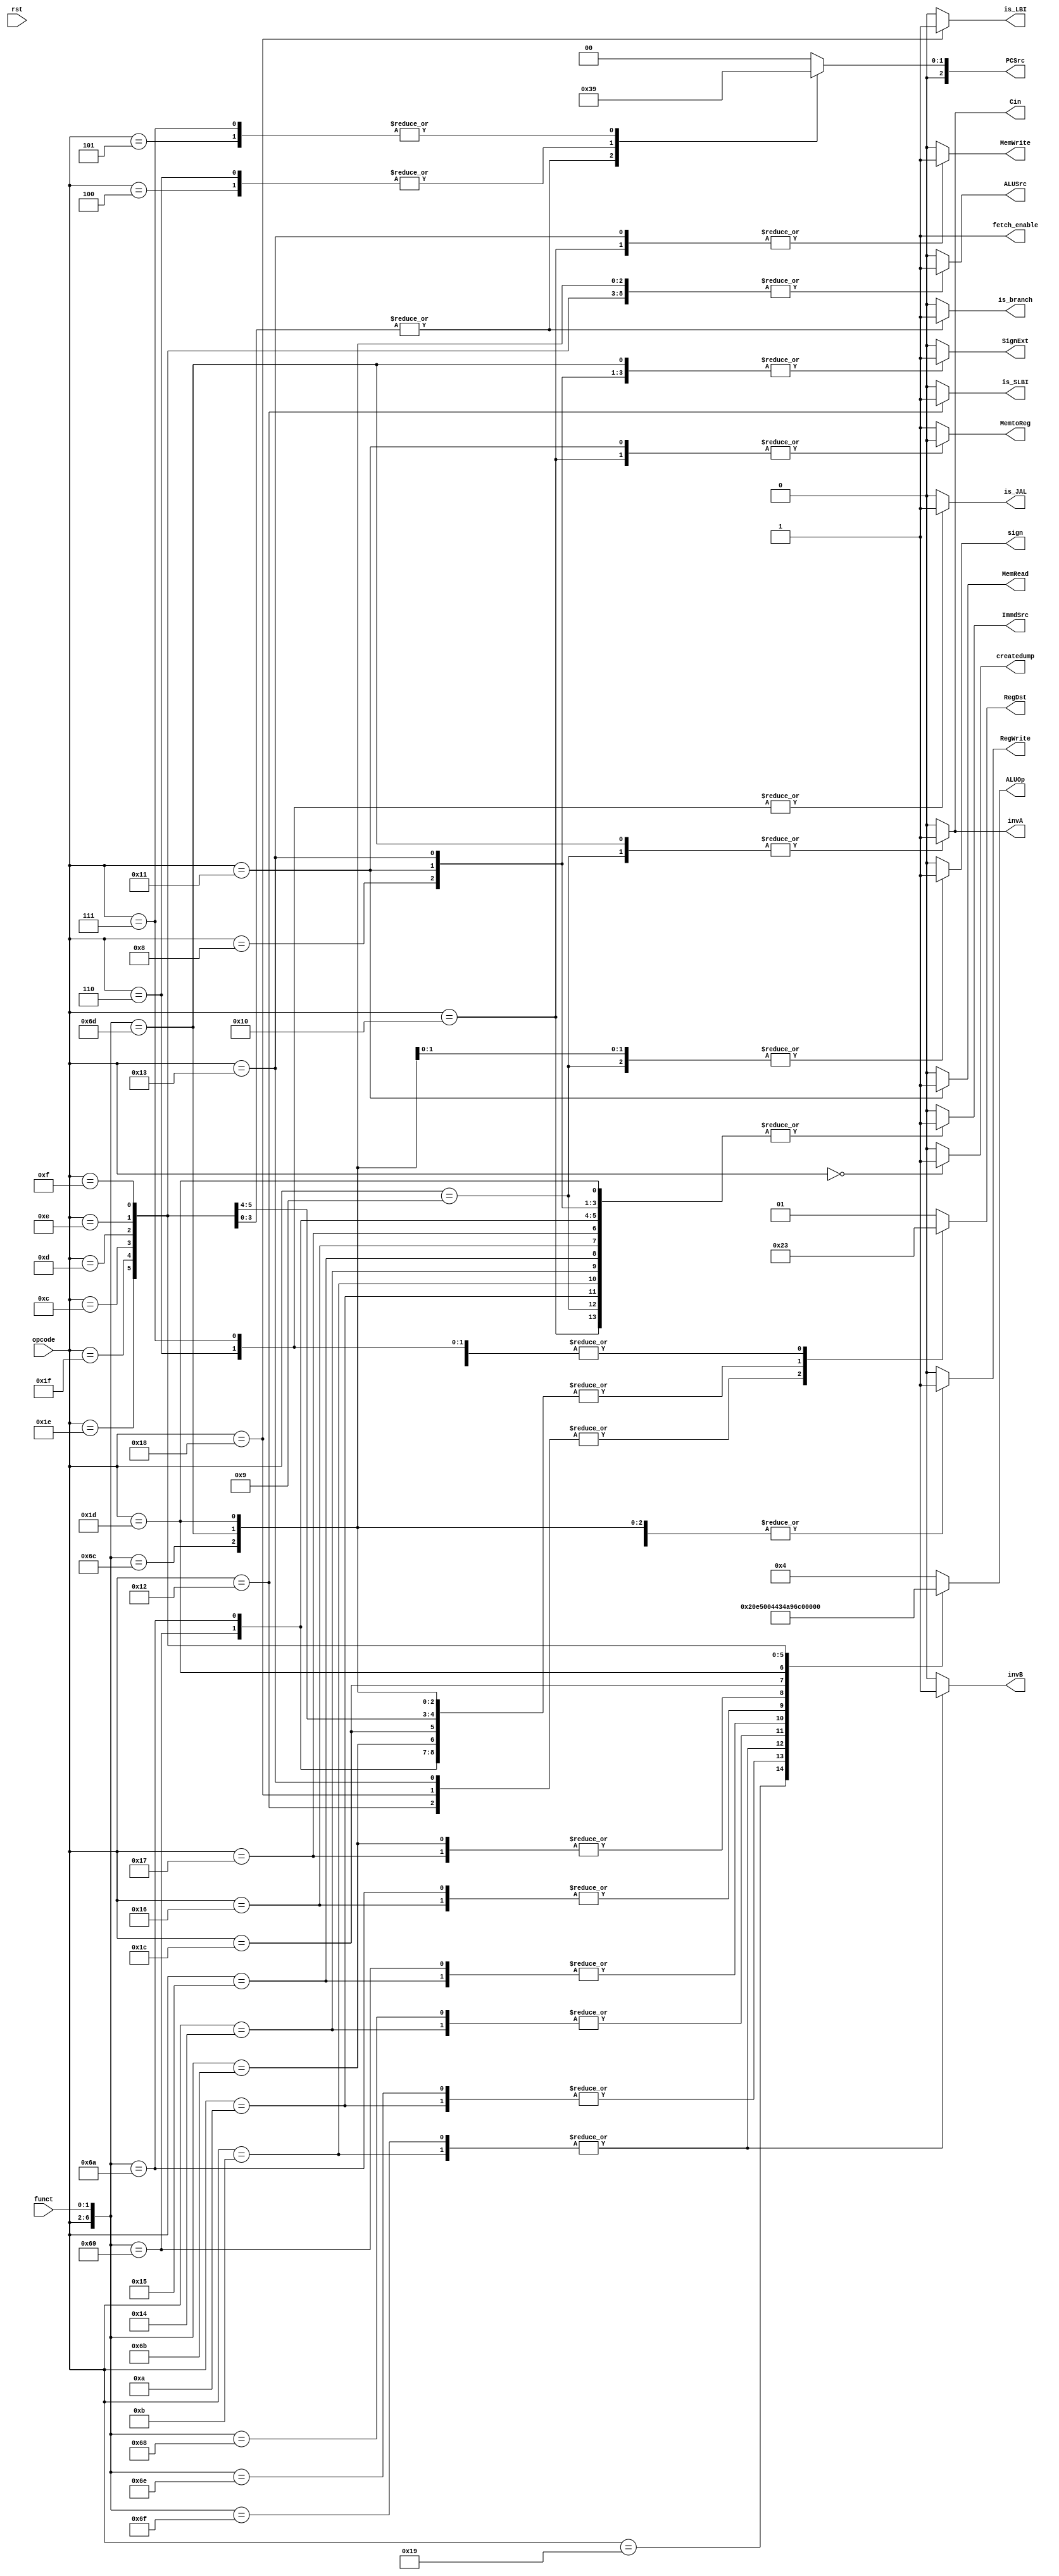
module control_unit(opcode, funct, rst, RegWrite, SignExt, ImmdSrc, ALUSrc, is_SLBI, MemRead, MemWrite, MemtoReg, sign, 
invA, invB, Cin, is_LBI, is_JAL, PCSrc, RegDst, ALUOp, fetch_enable, createdump, is_branch);

input [4:0] opcode;
input [1:0] funct;
input rst;

// All control unit signals
output RegWrite, SignExt, ImmdSrc, ALUSrc, is_SLBI, MemRead, MemWrite, MemtoReg, sign, invA, invB, Cin, is_LBI, is_JAL, fetch_enable, 
createdump, is_branch;
output [4:0] ALUOp;
output [1:0] RegDst;
output [2:0] PCSrc;

// Need reg for case statement
reg RegWrite_temp, SignExt_temp, ImmdSrc_temp, ALUSrc_temp, is_SLBI_temp, MemRead_temp, MemWrite_temp, MemtoReg_temp, sign_temp, invA_temp, 
invB_temp, Cin_temp, is_LBI_temp, is_JAL_temp, fetch_enable_temp, createdump_temp, is_branch_temp;
reg [4:0] ALUOp_temp;
reg [1:0] PCSrc_temp, RegDst_temp;

//////////////////////////////////////////////////////////////////////////// ALU_OP instructions //////////////////////////////////////////////////////////////////////////////////////

parameter rot_lft = 4'b0000;
parameter shift_lft_log = 4'b0001;
parameter rot_rght = 4'b0010;
parameter shift_rght_log = 4'b0011;
parameter add = 4'b0100;
parameter And = 4'b0101;
parameter Or = 4'b0110;
parameter Xor = 4'b0111;
parameter bit_rev = 4'b1000;
parameter seq = 4'b1001;
parameter slt = 4'b1010;
parameter sle = 4'b1011; 
parameter sco = 4'b1100;
parameter beqz = 4'b1101;
parameter bnez = 4'b1110;
parameter bltz = 4'b1111;
parameter bgez = 5'b10000;

//////////////////////////////////////////////////////////////////////////// Name instructions //////////////////////////////////////////////////////////////////////////
parameter HALT = 7'b00000_xx;
parameter NOP = 7'b00001_xx;

// I1-format
parameter ADDI = 7'b01000_xx;
parameter SUBI = 7'b01001_xx;
parameter XORI = 7'b01010_xx;
parameter ANDNI = 7'b01011_xx;
parameter ROLI = 7'b10100_xx;
parameter SLLI = 7'b10101_xx;
parameter RORI = 7'b10110_xx;
parameter SRLI = 7'b10111_xx;
parameter ST = 7'b10000_xx;
parameter LD = 7'b10001_xx;
parameter STU = 7'b10011_xx;

// R-format
parameter BTR = 7'b11001_xx;
parameter ADD = 7'b11011_00;
parameter SUB = 7'b11011_01;
parameter XOR = 7'b11011_10;
parameter ANDN = 7'b11011_11;
parameter ROL = 7'b11010_00;
parameter SLL = 7'b11010_01;
parameter ROR = 7'b11010_10;
parameter SRL = 7'b11010_11;
parameter SEQ = 7'b11100_xx;
parameter SLT = 7'b11101_xx;
parameter SLE = 7'b11110_xx;
parameter SCO = 7'b11111_xx;

// I2-format
parameter BEQZ = 7'b01100_xx;
parameter BNEZ = 7'b01101_xx;
parameter BLTZ = 7'b01110_xx;
parameter BGEZ = 7'b01111_xx;
parameter LBI = 7'b11000_xx;
parameter SLBI = 7'b10010_xx;
parameter JALR = 7'b00111_xx;
parameter JR = 7'b00101_xx;

// J-format
parameter J = 7'b00100_xx;
parameter JAL = 7'b00110_xx;


//////////////////////////////////////////////////////////////////////////// Control Unit //////////////////////////////////////////////////////////////////////////

always@(*) begin

// Initialize all signals

fetch_enable_temp = 1'b1;
createdump_temp = 1'b0;
RegDst_temp = 2'b01;
RegWrite_temp = 1'b1;
SignExt_temp = 1'b0;
ImmdSrc_temp = 1'b0;
ALUSrc_temp = 1'b0;
is_SLBI_temp = 1'b0;
ALUOp_temp = add;
MemRead_temp = 1'b0;
MemWrite_temp = 1'b0;
MemtoReg_temp = 1'b1;
sign_temp = 1'b0;
invA_temp = 1'b0;
invB_temp = 1'b0;
Cin_temp = 1'b0;
is_LBI_temp = 1'b0;
is_JAL_temp = 1'b0;
PCSrc_temp = 2'b00;
is_branch_temp = 1'b0;



casex({opcode, funct}) 

	
// 1. HALT 
HALT: begin

	// dump memory state to file
	// processor just stops
	// Set PC to what
	// only be true is !rst
	createdump_temp = 1'b1; // halt signal
	RegWrite_temp = 1'b0;

end


//////////////////////////////////////////////////////////////////////////////// I1-Format ////////////////////////////////////////////////////////////////////

// 3. ADDI 
ADDI: begin

	SignExt_temp = 1'b1;
	ImmdSrc_temp = 1'b1;

end


// 4. SUBI 
SUBI: begin

	RegDst_temp = 2'b01;
	RegWrite_temp = 1'b1;
	SignExt_temp = 1'b1;
	ImmdSrc_temp = 1'b1;
	ALUSrc_temp = 1'b0;
	is_SLBI_temp = 1'b0;
	ALUOp_temp = add;
	MemRead_temp = 1'b0;
	MemWrite_temp = 1'b0;
	MemtoReg_temp = 1'b1;
	sign_temp = 1'b1;
	invA_temp = 1'b1;
	invB_temp = 1'b0;
	Cin_temp = 1'b1;
	is_LBI_temp = 1'b0;
	is_JAL_temp = 1'b0;
	PCSrc_temp = 2'b00;
	
end


// 5. XORI 
XORI: begin 

	ImmdSrc_temp = 1'b1;
	ALUOp_temp = Xor;

end


// 6. ANDNI 
ANDNI: begin 

	ImmdSrc_temp = 1'b1;
	invB_temp = 1'b1;
	ALUOp_temp = And;

end

// 7. ROLI 
ROLI: begin 

	ImmdSrc_temp = 1'b1;
	ALUOp_temp = 3'b000;

end

// 8. SLLI 
SLLI: begin

	RegDst_temp = 2'b01;
	RegWrite_temp = 1'b1;
	SignExt_temp = 1'b0;
	ImmdSrc_temp = 1'b1;
	ALUSrc_temp = 1'b0;
	is_SLBI_temp = 1'b0;
	ALUOp_temp = shift_lft_log;
	MemRead_temp = 1'b0;
	MemWrite_temp = 1'b0;
	MemtoReg_temp = 1'b1;
	sign_temp = 1'b0;
	invA_temp = 1'b0;
	invB_temp = 1'b0;
	Cin_temp = 1'b0;
	is_LBI_temp = 1'b0;
	is_JAL_temp = 1'b0;
	PCSrc_temp = 2'b00;

end

// 9. RORI 
RORI: begin

	RegDst_temp = 2'b01;
	RegWrite_temp = 1'b1;
	SignExt_temp = 1'b0;
	ImmdSrc_temp = 1'b1;
	ALUSrc_temp = 1'b0;
	is_SLBI_temp = 1'b0;
	ALUOp_temp = rot_rght;
	MemRead_temp = 1'b0;
	MemWrite_temp = 1'b0;
	MemtoReg_temp = 1'b1;
	sign_temp = 1'b0;
	invA_temp = 1'b0;
	invB_temp = 1'b0;
	Cin_temp = 1'b0;
	is_LBI_temp = 1'b0;
	is_JAL_temp = 1'b0;
	PCSrc_temp = 2'b00;

end

// 10. SRLI
SRLI: begin 

	RegDst_temp = 2'b01;
	RegWrite_temp = 1'b1;
	SignExt_temp = 1'b0;
	ImmdSrc_temp = 1'b1;
	ALUSrc_temp = 1'b0;
	is_SLBI_temp = 1'b0;
	ALUOp_temp = shift_rght_log;
	MemRead_temp = 1'b0;
	MemWrite_temp = 1'b0;
	MemtoReg_temp = 1'b1;
	sign_temp = 1'b0;
	invA_temp = 1'b0;
	invB_temp = 1'b0;
	Cin_temp = 1'b0;
	is_LBI_temp = 1'b0;
	is_JAL_temp = 1'b0;
	PCSrc_temp = 2'b00;
end

// 11. ST 
ST: begin

	RegWrite_temp = 1'b0;
	SignExt_temp = 1'b1;
	ImmdSrc_temp = 1'b1;
	MemtoReg_temp = 1'b0;
	MemRead_temp = 1'b0;
	MemWrite_temp = 1'b1;
	RegDst_temp = 2'b01;
	SignExt_temp = 1'b1;
	ALUSrc_temp = 1'b0;
	is_SLBI_temp = 1'b0;
	ALUOp_temp = add;
	sign_temp = 1'b0;
	invA_temp = 1'b0;
	invB_temp = 1'b0;
	Cin_temp = 1'b0;
	is_LBI_temp = 1'b0;
	is_JAL_temp = 1'b0;
	PCSrc_temp = 2'b00;

end

// 12. LD 
LD: begin

	SignExt_temp = 1'b1;
	ImmdSrc_temp = 1'b1;
	MemRead_temp = 1'b1;
	MemtoReg_temp = 1'b0;

end

// 13. STU
STU: begin

	RegWrite_temp = 1'b1;
	SignExt_temp = 1'b1;
	ImmdSrc_temp = 1'b1;
	MemtoReg_temp = 1'b1;
	MemRead_temp = 1'b0;
	MemWrite_temp = 1'b1;
	RegDst_temp = 2'b10;
	SignExt_temp = 1'b1;
	ALUSrc_temp = 1'b0;
	is_SLBI_temp = 1'b0;
	ALUOp_temp = add;
	sign_temp = 1'b0;
	invA_temp = 1'b0;
	invB_temp = 1'b0;
	Cin_temp = 1'b0;
	is_LBI_temp = 1'b0;
	is_JAL_temp = 1'b0;
	PCSrc_temp = 2'b00;

end

//////////////////////////////////////////////////////////////////////////////// R-Format ////////////////////////////////////////////////////////////////////

// 14. BTR
BTR: begin

	RegDst_temp = 2'b00;
	RegWrite_temp = 1'b1;
	SignExt_temp = 1'b0;
	ImmdSrc_temp = 1'b0;
	ALUSrc_temp = 1'b1;
	is_SLBI_temp = 1'b0;
	ALUOp_temp = bit_rev;
	MemRead_temp = 1'b0;
	MemWrite_temp = 1'b0;
	MemtoReg_temp = 1'b1;
	sign_temp = 1'b0;
	invA_temp = 1'b0;
	invB_temp = 1'b0;
	Cin_temp = 1'b0;
	is_LBI_temp = 1'b0;
	is_JAL_temp = 1'b0;
	PCSrc_temp = 2'b00;

end

// 15. ADD 
ADD: begin

	RegDst_temp = 2'b00; 
	ALUSrc_temp = 1'b1;
	

end

// 16. SUB 
SUB: begin

	RegDst_temp = 2'b00;
	RegWrite_temp = 1'b1;
	SignExt_temp = 1'b1;
	ImmdSrc_temp = 1'b0;
	ALUSrc_temp = 1'b1;
	is_SLBI_temp = 1'b0;
	ALUOp_temp = add;
	MemRead_temp = 1'b0;
	MemWrite_temp = 1'b0;
	MemtoReg_temp = 1'b1;
	sign_temp = 1'b1;
	invA_temp = 1'b1;
	invB_temp = 1'b0;
	Cin_temp = 1'b1;
	is_LBI_temp = 1'b0;
	is_JAL_temp = 1'b0;
	PCSrc_temp = 2'b00;
	

end

// 17. XOR 
XOR: begin

	RegDst_temp = 2'b00; 
	ALUSrc_temp = 1'b1;
	ALUOp_temp = 3'b111;
 

end

// 18. ANDN 
ANDN: begin

	RegDst_temp = 2'b00; 
	ALUSrc_temp = 1'b1;
	invB_temp = 1'b1;
	ALUOp_temp = 3'b101;

end

// 19. ROL 
ROL: begin

	RegDst_temp = 2'b00; 
	ALUSrc_temp = 1'b1;
	ALUOp_temp = 3'b000;

end

// 20. SLL 
SLL: begin

	RegDst_temp = 2'b00;
	RegWrite_temp = 1'b1;
	SignExt_temp = 1'b0;
	ImmdSrc_temp = 1'b1;
	ALUSrc_temp = 1'b1;
	is_SLBI_temp = 1'b0;
	ALUOp_temp = shift_lft_log;
	MemRead_temp = 1'b0;
	MemWrite_temp = 1'b0;
	MemtoReg_temp = 1'b1;
	sign_temp = 1'b0;
	invA_temp = 1'b0;
	invB_temp = 1'b0;
	Cin_temp = 1'b0;
	is_LBI_temp = 1'b0;
	is_JAL_temp = 1'b0;
	PCSrc_temp = 2'b00;
	

end

// 21. ROR 
ROR: begin

	RegDst_temp = 2'b00;
	RegWrite_temp = 1'b1;
	SignExt_temp = 1'b0;
	ImmdSrc_temp = 1'b1;
	ALUSrc_temp = 1'b1;
	is_SLBI_temp = 1'b0;
	ALUOp_temp = rot_rght;
	MemRead_temp = 1'b0;
	MemWrite_temp = 1'b0;
	MemtoReg_temp = 1'b1;
	sign_temp = 1'b0;
	invA_temp = 1'b0;
	invB_temp = 1'b0;
	Cin_temp = 1'b0;
	is_LBI_temp = 1'b0;
	is_JAL_temp = 1'b0;
	PCSrc_temp = 2'b00;
	

end

// 22. SRL 
SRL: begin

	RegDst_temp = 2'b00;
	RegWrite_temp = 1'b1;
	SignExt_temp = 1'b0;
	ImmdSrc_temp = 1'b0;
	ALUSrc_temp = 1'b1;
	is_SLBI_temp = 1'b0;
	ALUOp_temp = shift_rght_log;
	MemRead_temp = 1'b0;
	MemWrite_temp = 1'b0;
	MemtoReg_temp = 1'b1;
	sign_temp = 1'b0;
	invA_temp = 1'b0;
	invB_temp = 1'b0;
	Cin_temp = 1'b0;
	is_LBI_temp = 1'b0;
	is_JAL_temp = 1'b0;
	PCSrc_temp = 2'b00;

end

// 23. SEQ 
SEQ: begin

	RegDst_temp = 2'b00;
	RegWrite_temp = 1'b1;
	SignExt_temp = 1'b0;
	ImmdSrc_temp = 1'b0;
	ALUSrc_temp = 1'b1;
	is_SLBI_temp = 1'b0;
	ALUOp_temp = seq;
	MemRead_temp = 1'b0;
	MemWrite_temp = 1'b0;
	MemtoReg_temp = 1'b1;
	sign_temp = 1'b0;
	invA_temp = 1'b0;
	invB_temp = 1'b0;
	Cin_temp = 1'b0;
	is_LBI_temp = 1'b0;
	is_JAL_temp = 1'b0;
	PCSrc_temp = 2'b00;

end

// 24. SLT 
SLT: begin

	RegDst_temp = 2'b00;
	RegWrite_temp = 1'b1;
	SignExt_temp = 1'b0;
	ImmdSrc_temp = 1'b1;
	ALUSrc_temp = 1'b1;
	is_SLBI_temp = 1'b0;
	ALUOp_temp = slt;
	MemRead_temp = 1'b0;
	MemWrite_temp = 1'b0;
	MemtoReg_temp = 1'b1;
	sign_temp = 1'b1;
	invA_temp = 1'b0;
	invB_temp = 1'b0;
	Cin_temp = 1'b0;
	is_LBI_temp = 1'b0;
	is_JAL_temp = 1'b0;
	PCSrc_temp = 2'b00;
	
end

// 25. SLE
SLE: begin

	RegDst_temp = 2'b00;
	RegWrite_temp = 1'b1;
	SignExt_temp = 1'b0;
	ImmdSrc_temp = 1'b0;
	ALUSrc_temp = 1'b1;
	is_SLBI_temp = 1'b0;
	ALUOp_temp = sle;
	MemRead_temp = 1'b0;
	MemWrite_temp = 1'b0;
	MemtoReg_temp = 1'b1;
	sign_temp = 1'b0;
	invA_temp = 1'b0;
	invB_temp = 1'b0;
	Cin_temp = 1'b0;
	is_LBI_temp = 1'b0;
	is_JAL_temp = 1'b0;
	PCSrc_temp = 2'b00;
end

// 26. SCO 
SCO: begin

	RegDst_temp = 2'b00;
	RegWrite_temp = 1'b1;
	SignExt_temp = 1'b0;
	ImmdSrc_temp = 1'b0;
	ALUSrc_temp = 1'b1;
	is_SLBI_temp = 1'b0;
	ALUOp_temp = sco;
	MemRead_temp = 1'b0;
	MemWrite_temp = 1'b0;
	MemtoReg_temp = 1'b1;
	sign_temp = 1'b0;
	invA_temp = 1'b0;
	invB_temp = 1'b0;
	Cin_temp = 1'b0;
	is_LBI_temp = 1'b0;
	is_JAL_temp = 1'b0;
	PCSrc_temp = 2'b00;

end

//////////////////////////////////////////////////////////////////////////////// I2-Format ////////////////////////////////////////////////////////////////////

// 27. BEQZ
BEQZ: begin

	RegDst_temp = 2'b01;
	RegWrite_temp = 1'b0;
	SignExt_temp = 1'b1;
	ImmdSrc_temp = 1'b0;
	ALUSrc_temp = 1'b1;
	is_SLBI_temp = 1'b0;
	ALUOp_temp = beqz;
	MemRead_temp = 1'b0;
	MemWrite_temp = 1'b0;
	MemtoReg_temp = 1'b1;
	sign_temp = 1'b0;
	invA_temp = 1'b0;
	invB_temp = 1'b0;
	Cin_temp = 1'b0;
	is_LBI_temp = 1'b0;
	is_JAL_temp = 1'b0;
	PCSrc_temp = 2'b11;
	is_branch_temp = 1'b1;

end

// 28. BNEZ
BNEZ: begin

	RegDst_temp = 2'b01;
	RegWrite_temp = 1'b0;
	SignExt_temp = 1'b1;
	ImmdSrc_temp = 1'b0;
	ALUSrc_temp = 1'b1;
	is_SLBI_temp = 1'b0;
	ALUOp_temp = bnez;
	MemRead_temp = 1'b0;
	MemWrite_temp = 1'b0;
	MemtoReg_temp = 1'b1;
	sign_temp = 1'b0;
	invA_temp = 1'b0;
	invB_temp = 1'b0;
	Cin_temp = 1'b0;
	is_LBI_temp = 1'b0;
	is_JAL_temp = 1'b0;
	PCSrc_temp = 2'b11;
	is_branch_temp = 1'b1;

end

// 29. BLTZ
BLTZ: begin

	RegDst_temp = 2'b01;
	RegWrite_temp = 1'b0;
	SignExt_temp = 1'b1;
	ImmdSrc_temp = 1'b0;
	ALUSrc_temp = 1'b1;
	is_SLBI_temp = 1'b0;
	ALUOp_temp = bltz;
	MemRead_temp = 1'b0;
	MemWrite_temp = 1'b0;
	MemtoReg_temp = 1'b1;
	sign_temp = 1'b0;
	invA_temp = 1'b0;
	invB_temp = 1'b0;
	Cin_temp = 1'b0;
	is_LBI_temp = 1'b0;
	is_JAL_temp = 1'b0;
	PCSrc_temp = 2'b11;
	is_branch_temp = 1'b1;
	

end

// 30. BGEZ
BGEZ: begin

	RegDst_temp = 2'b01;
	RegWrite_temp = 1'b0;
	SignExt_temp = 1'b1;
	ImmdSrc_temp = 1'b0;
	ALUSrc_temp = 1'b1;
	is_SLBI_temp = 1'b0;
	ALUOp_temp = bgez;
	MemRead_temp = 1'b0;
	MemWrite_temp = 1'b0;
	MemtoReg_temp = 1'b1;
	sign_temp = 1'b0;
	invA_temp = 1'b0;
	invB_temp = 1'b0;
	Cin_temp = 1'b0;
	is_LBI_temp = 1'b0;
	is_JAL_temp = 1'b0;
	PCSrc_temp = 2'b11;
	is_branch_temp = 1'b1;

end

// 31. LBI 
LBI: begin

	is_LBI_temp = 1'b1;
	RegWrite_temp = 1'b1;
	SignExt_temp = 1'b1;
	RegDst_temp = 2'b10;
	fetch_enable_temp = 1'b1;
	createdump_temp = 1'b0;
	ImmdSrc_temp = 1'b0;
	ALUSrc_temp = 1'b0;
	is_SLBI_temp = 1'b0;
	ALUOp_temp = add;
	MemRead_temp = 1'b0;
	MemWrite_temp = 1'b0;
	MemtoReg_temp = 1'b1;
	sign_temp = 1'b0;
	invA_temp = 1'b0;
	invB_temp = 1'b0;
	Cin_temp = 1'b0;
	is_JAL_temp = 1'b0;
	PCSrc_temp = 2'b00;
		
end
	

// 32. SLBI 
SLBI: begin

	is_SLBI_temp = 1'b1;
	RegWrite_temp = 1'b1; 
	RegDst_temp = 2'b10;


end

//////////////////////////////////////////////////////////////////////////////// J-Format //////////////////////////////////////////////////////////////////////

// 33. J displacement 
J: begin

	RegDst_temp = 2'b00;
	RegWrite_temp = 1'b0;
	SignExt_temp = 1'b1;
	ImmdSrc_temp = 1'b0;
	ALUSrc_temp = 1'b0;
	is_SLBI_temp = 1'b0;
	ALUOp_temp = add;
	MemRead_temp = 1'b0;
	MemWrite_temp = 1'b0;
	MemtoReg_temp = 1'b1;
	sign_temp = 1'b0;
	invA_temp = 1'b0;
	invB_temp = 1'b0;
	Cin_temp = 1'b0;
	is_LBI_temp = 1'b0;
	is_JAL_temp = 1'b0;
	PCSrc_temp = 2'b10;

end

// 34. JR 
JR: begin

	RegDst_temp = 2'b11;
	RegWrite_temp = 1'b0;
	SignExt_temp = 1'b1;
	ImmdSrc_temp = 1'b0;
	ALUSrc_temp = 1'b0;
	is_SLBI_temp = 1'b0;
	ALUOp_temp = add;
	MemRead_temp = 1'b0;
	MemWrite_temp = 1'b0;
	MemtoReg_temp = 1'b1;
	sign_temp = 1'b0;
	invA_temp = 1'b0;
	invB_temp = 1'b0;
	Cin_temp = 1'b0;
	is_LBI_temp = 1'b0;
	is_JAL_temp = 1'b0;
	PCSrc_temp = 2'b01;
	
end

// 35. JAL
JAL: begin

	RegDst_temp = 2'b11;
	RegWrite_temp = 1'b1;
	SignExt_temp = 1'b1;
	ImmdSrc_temp = 1'b0;
	ALUSrc_temp = 1'b1;
	is_SLBI_temp = 1'b0;
	ALUOp_temp = add;
	MemRead_temp = 1'b0;
	MemWrite_temp = 1'b0;
	MemtoReg_temp = 1'b1;
	sign_temp = 1'b0;
	invA_temp = 1'b0;
	invB_temp = 1'b0;
	Cin_temp = 1'b0;
	is_LBI_temp = 1'b0;
	is_JAL_temp = 1'b1;
	PCSrc_temp = 2'b10;
end

// 36. JALR
JALR: begin

	RegDst_temp = 2'b11;
	RegWrite_temp = 1'b1;
	SignExt_temp = 1'b1;
	ImmdSrc_temp = 1'b0;
	ALUSrc_temp = 1'b0;
	is_SLBI_temp = 1'b0;
	ALUOp_temp = add;
	MemRead_temp = 1'b0;
	MemWrite_temp = 1'b0;
	MemtoReg_temp = 1'b1;
	sign_temp = 1'b0;
	invA_temp = 1'b0;
	invB_temp = 1'b0;
	Cin_temp = 1'b0;
	is_LBI_temp = 1'b0;
	is_JAL_temp = 1'b1;
	PCSrc_temp = 2'b01;

end

default: begin

// NOP
	RegWrite_temp = 1'b0;

end


endcase

end


assign is_JAL = is_JAL_temp;
assign RegDst = RegDst_temp;
assign PCSrc = PCSrc_temp;
assign SignExt = SignExt_temp;
assign MemtoReg = MemtoReg_temp;
assign RegWrite = RegWrite_temp;
assign ALUSrc = ALUSrc_temp;
assign MemWrite = MemWrite_temp;
assign MemRead = MemRead_temp;
assign ImmdSrc = ImmdSrc_temp;
assign invA = invA_temp;
assign invB = invB_temp;
// assign createdump = createdump_temp & ~rst;
assign createdump = createdump_temp;
assign fetch_enable = fetch_enable_temp;
assign ALUOp = ALUOp_temp;
assign is_LBI = is_LBI_temp;
assign is_SLBI = is_SLBI_temp;
assign Cin = Cin_temp;
assign ALUOp = ALUOp_temp;
assign sign = sign_temp;
assign is_branch = is_branch_temp;


endmodule